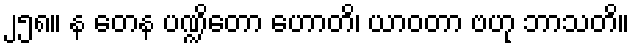
၂၅၈။ န တေန ပဏ္ဍိတော ဟောတိ၊ ယာဝတာ ဗဟု ဘာသတိ။